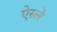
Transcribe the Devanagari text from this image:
ऐस्ले